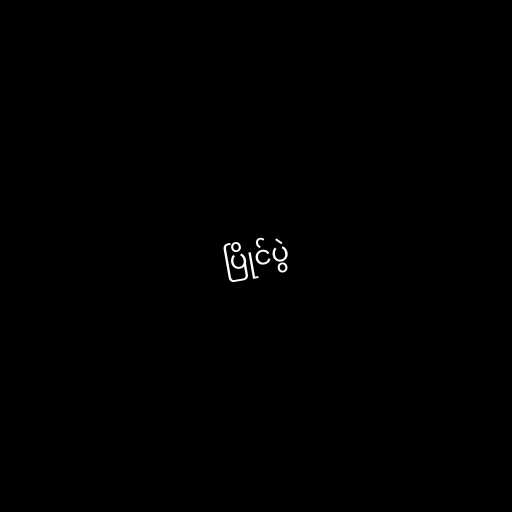
ပြိုင်ပွဲ